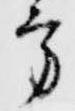
方